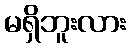
မရှိဘူးလား